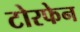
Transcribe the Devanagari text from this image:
टोरफेन